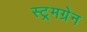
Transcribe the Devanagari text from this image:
स्ट्रमग्रेन